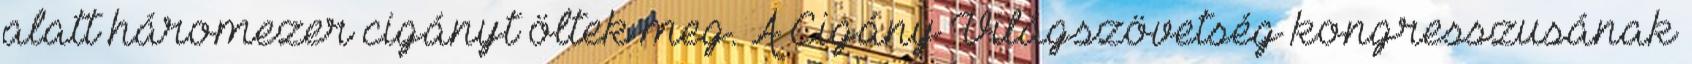
alatt háromezer cigányt öltek meg. A Cigány Világszövetség kongresszusának